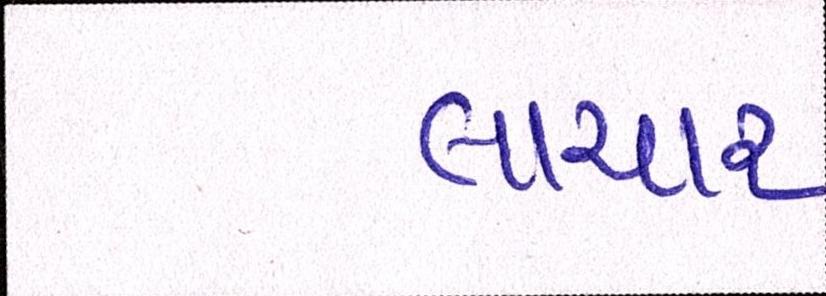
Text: લાચાર